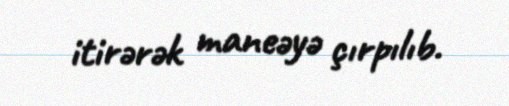
itirərək maneəyə çırpılıb.